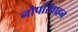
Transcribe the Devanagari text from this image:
नौपरिवाहन